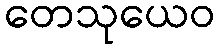
တေသုယေဝ